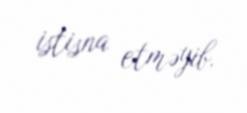
istisna etməyib.